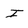
Character: I